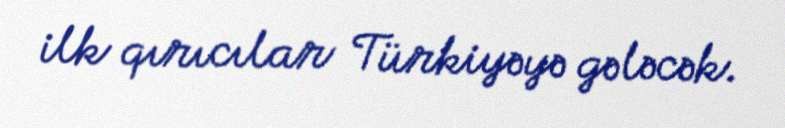
ilk qırıcılar Türkiyəyə gələcək.